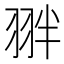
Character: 𮶉